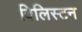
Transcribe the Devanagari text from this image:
विलिस्टन